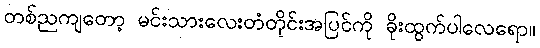
တစ်ညကျတော့ မင်းသားလေးတံတိုင်းအပြင်ကို ခိုးထွက်ပါလေရော။